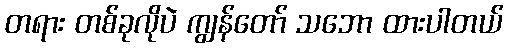
တရား တစ်ခုလိုပဲ ကျွန်တော် သဘော ထားပါတယ်